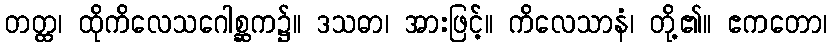
တတ္ထ၊ ထိုကိလေသဂေါစ္ဆက၌။ ဒသဓာ၊ အားဖြင့်။ ကိလေသာနံ၊ တို့၏။ ဧကတော၊